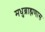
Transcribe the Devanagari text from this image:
मधुब्राह्मणास